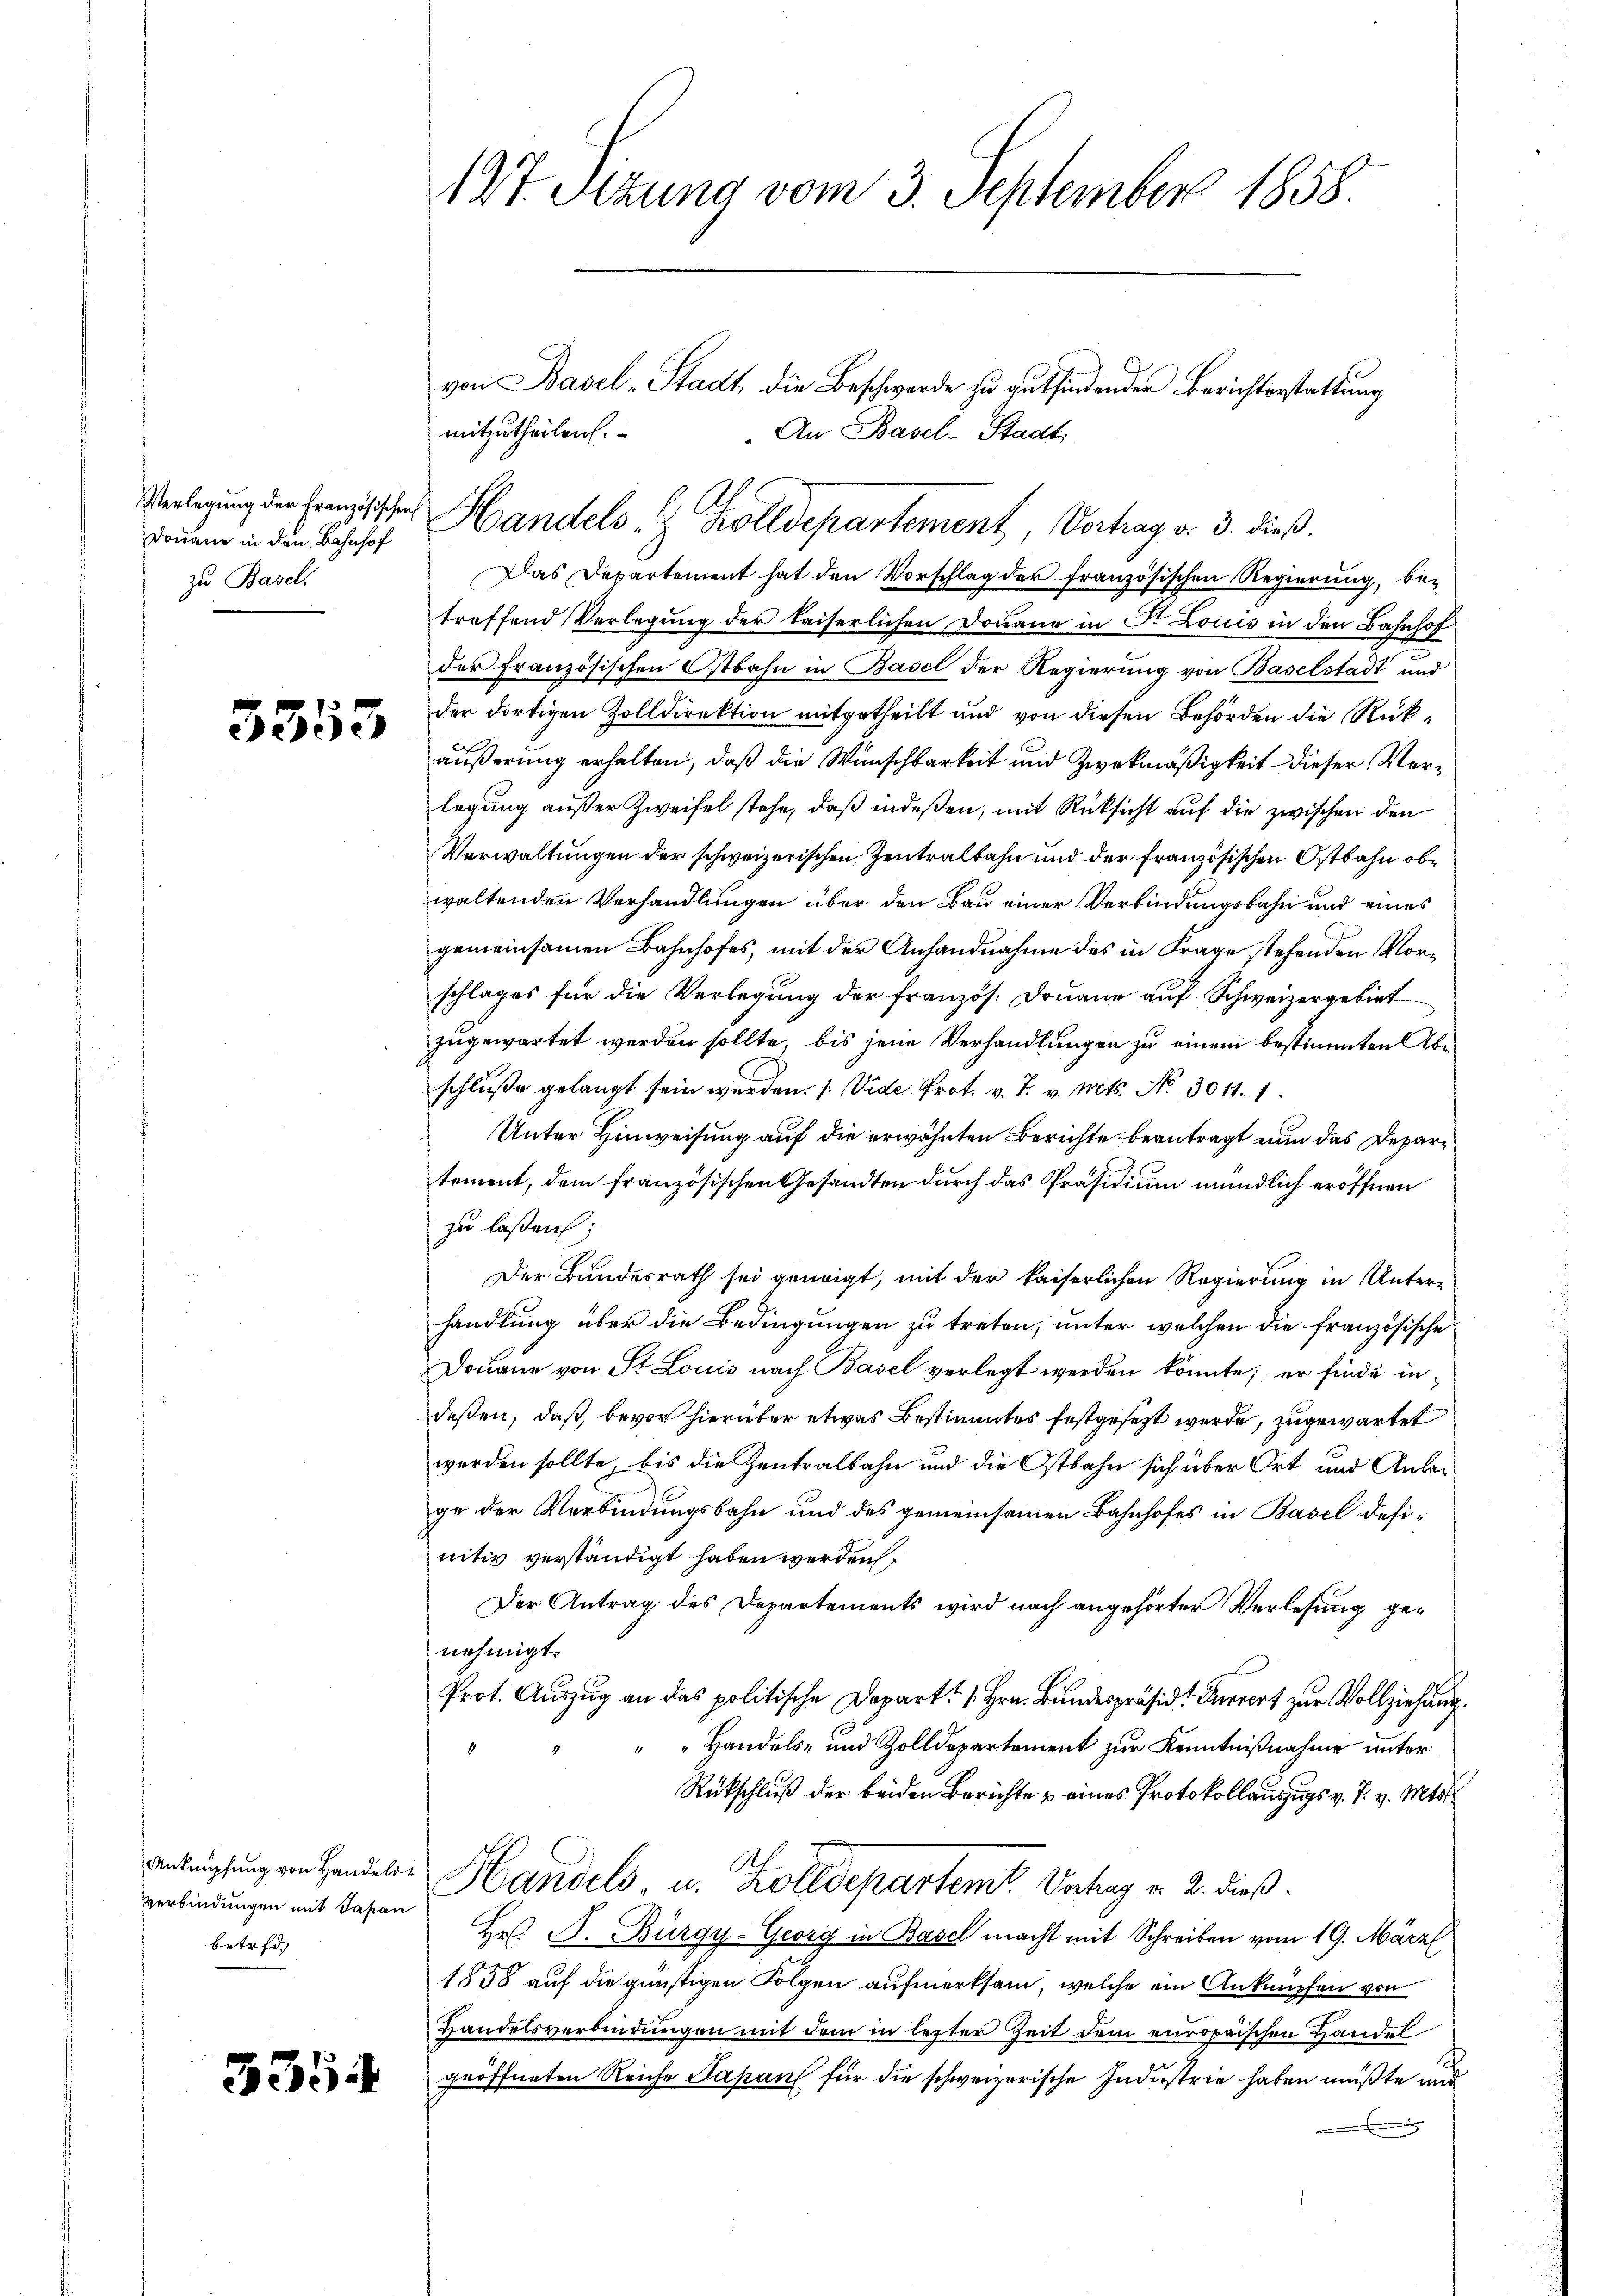
Verlegung der Französischen
Douane in den Bahnhof
zu Basel.

5353

Anknüpfung von Handels¬
Verbindungen mit Japan
betret

3354

127. Sizung vom 3. September 1858

mitzutheilen.
An Basel-Stadt,
Handels- & Zolldepartement Vertrag v. 3. dieß.
Das Departement hat den Vorschlag der französischen Regierung, betreffend Verlegung der Kaiserlichen Donaue in Dr. Louis in den Bahnhof
der Französischen Ostbahn in Basel der Regierung von Baselstadt und
der dortigen Zolldirektion mitgetheilt und von diesen Behörden die Rükäußerung erhalten, daß die Wunschbarkeit und Zwekmäßigkeit dieser Verlegung außer Zweifel stehe, daß indeßen, mit Rücksicht auf die zwischen den
Verwaltungen der schweizerischen Zentralbahn und der französischen Ostbahn obe
waltenden Verhandlungen über den Bau einer Verbindungsbahn und eines
gemeinsamen Bahnhofes, mit der Anhandnahme des in Frage stehenden Vorschlages für die Verlegung der französ. Donaue auf Schweizergebiet
zugewartet werden sollte, bis jene Verhandlungen zu einem bestimmten Abschlusse gelangt sein werden. ( Vide Prot. v. J. v. Mts. No 3011. 1.
Unter Hinweisung auf die erwähnten Berichte beantragt nun das Departement, dem französischen Gesandten durch das Präsidium mündlich eröffnen
zu laßen:
Der Bundesrath sei geneigt, mit der kaiserlichen Regierung in Unter-
handlung über die Bedingungen zu treten, unter welchen die französische
Douane von St. Louis nach Basel verlegt werden könnte; er finde indessen, daß, bevor hierüber etwas Bestimmtes festgesezt werde, zugewartet
werden sollte, bis die Zentralbahn und die Ostbahn sich über Ort und Anleige der Verbindungsbahn und des gemeinsamen Bahnhofes in Basel definitiv verständigt haben werden.
Der Antrag des Departements wird nach angehörter Verlesung genehmigt.
Prot. Auszug an das politische Depart. 1. Hrn. Bundespräsid. Verort zur Vollziehung
" " Handels- und Zolldepartement zur Kenntnißnahme unter
Rückschluß der beiden Berichte & eines Protokollauszugs v. J. v. Mts.
As
Handels- u. Zolldepartemt. Vortrag v. 2. dieß.
Hr. J. Bürgy-Georg in Basel macht mit Schreiben vom 19. März
1858 auf die günstigen Folgen aufmerksam, welche ein Anknüpfen von
Handelsverbindungen mit dem in lezter Zeit dem europaischen Handelgeöffneten Reiche Sapans für die schweizerische Industrie haben müßte und
g

von Basel-Stadt, die Beschwerde zu gutfindenden Berichterstattung